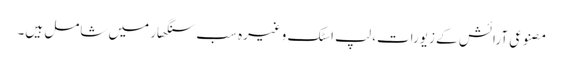
مصنوعی آرائش کے زیورات، لپ اسٹک وغیرہ سب سنگھار میں شامل ہیں۔